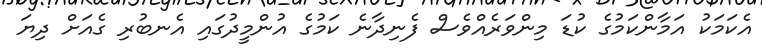
އެކަމަކު އަމާންކަމުގެ ކުޑަ މިންވަރެއްވެސް ފެނިދާނެ ކަމުގެ އުންމީދުގައި އެނބުރި ގެއަށް ދިޔަ